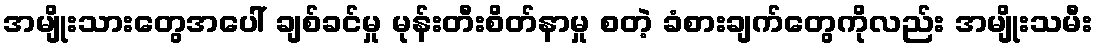
အမျိုးသားတွေအပေါ် ချစ်ခင်မှု မုန်းတီးစိတ်နာမှု စတဲ့ ခံစားချက်တွေကိုလည်း အမျိုးသမီး